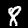
Digit: 8